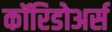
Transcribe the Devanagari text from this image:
कॉरिडोअर्स